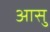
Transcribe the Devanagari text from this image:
आसु